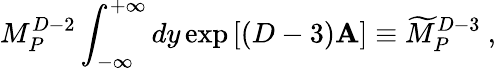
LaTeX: M_{P}^{D-2}\int_{-\infty}^{+\infty}dy\exp\left[(D-3)\mathbf{A}\right]\equiv{\widetilde{M}}_{P}^{D-3}~,